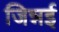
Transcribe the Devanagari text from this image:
जिन्नई